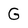
Character: G